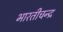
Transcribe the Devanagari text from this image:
भारतीचन्द्र